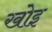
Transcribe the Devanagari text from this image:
खोइ